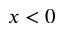
x < 0